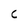
Character: C